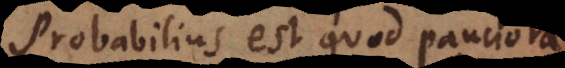
Probabilius est quod pauciora